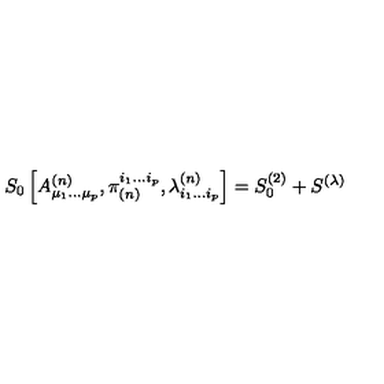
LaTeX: S _ { 0 } \left[ A _ { \mu _ { 1 } . . . \mu _ { p } } ^ { ( n ) } , \pi _ { ( n ) } ^ { i _ { 1 } . . . i _ { p } } , \lambda _ { i _ { 1 } . . . i _ { p } } ^ { ( n ) } \right] = S _ { 0 } ^ { ( 2 ) } + S ^ { ( \lambda ) }